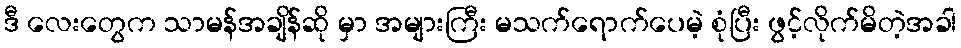
ဒီ လေးတွေက သာမန်အချိန်ဆို မှာ အများကြီး မသက်ရောက်ပေမဲ့ စုံပြီး ဖွင့်လိုက်မိတဲ့အခါ